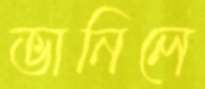
ভানিলে